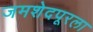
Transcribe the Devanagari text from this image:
जमशेदपूरला